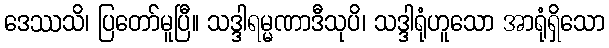
ဒေဿသိ၊ ပြတော်မူပြီ။ သဒ္ဒါရမ္မဏာဒီသုပိ၊ သဒ္ဒါရုံဟူသော အာရုံရှိသော